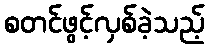
စတင်ဖွင့်လှစ်ခဲ့သည့်